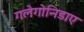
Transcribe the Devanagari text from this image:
गलेगोनिडाए